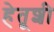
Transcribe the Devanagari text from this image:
हेतूशी